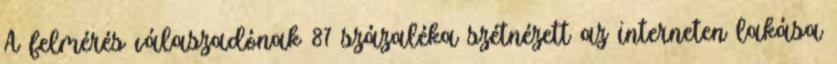
A felmérés válaszadónak 87 százaléka szétnézett az interneten lakása